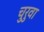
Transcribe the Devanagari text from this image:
चुरुवा